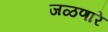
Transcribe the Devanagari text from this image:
जळणारे